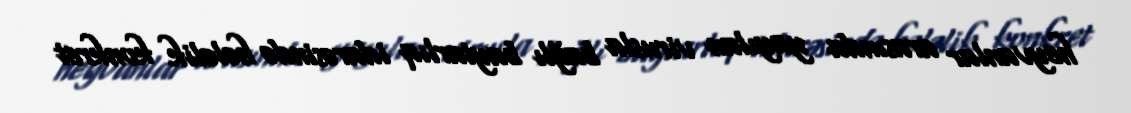
heyvanlar arasında yayılan virusla bağlı baytarlıq idarəsində hələlik konkret